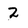
Character: 2